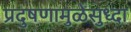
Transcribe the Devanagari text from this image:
प्रदुषणामुळेसुध्दा